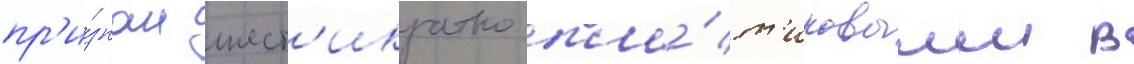
пр'и́знан шест'икратно пла́т'иновым в